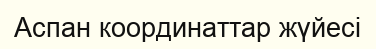
Аспан координаттар жүйесі